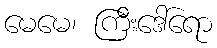
မေမေ၊ ကြီးဒေါ်ရော